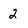
Character: 2